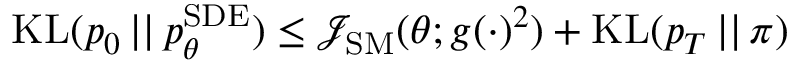
\begin{array} { r } { \mathrm { K L } ( p _ { 0 } \, | | \, p _ { \theta } ^ { \mathrm { S D E } } ) \leq \mathcal { J } _ { \mathrm { S M } } ( \theta ; g ( \cdot ) ^ { 2 } ) + \mathrm { K L } ( p _ { T } \, | | \, \pi ) } \end{array}